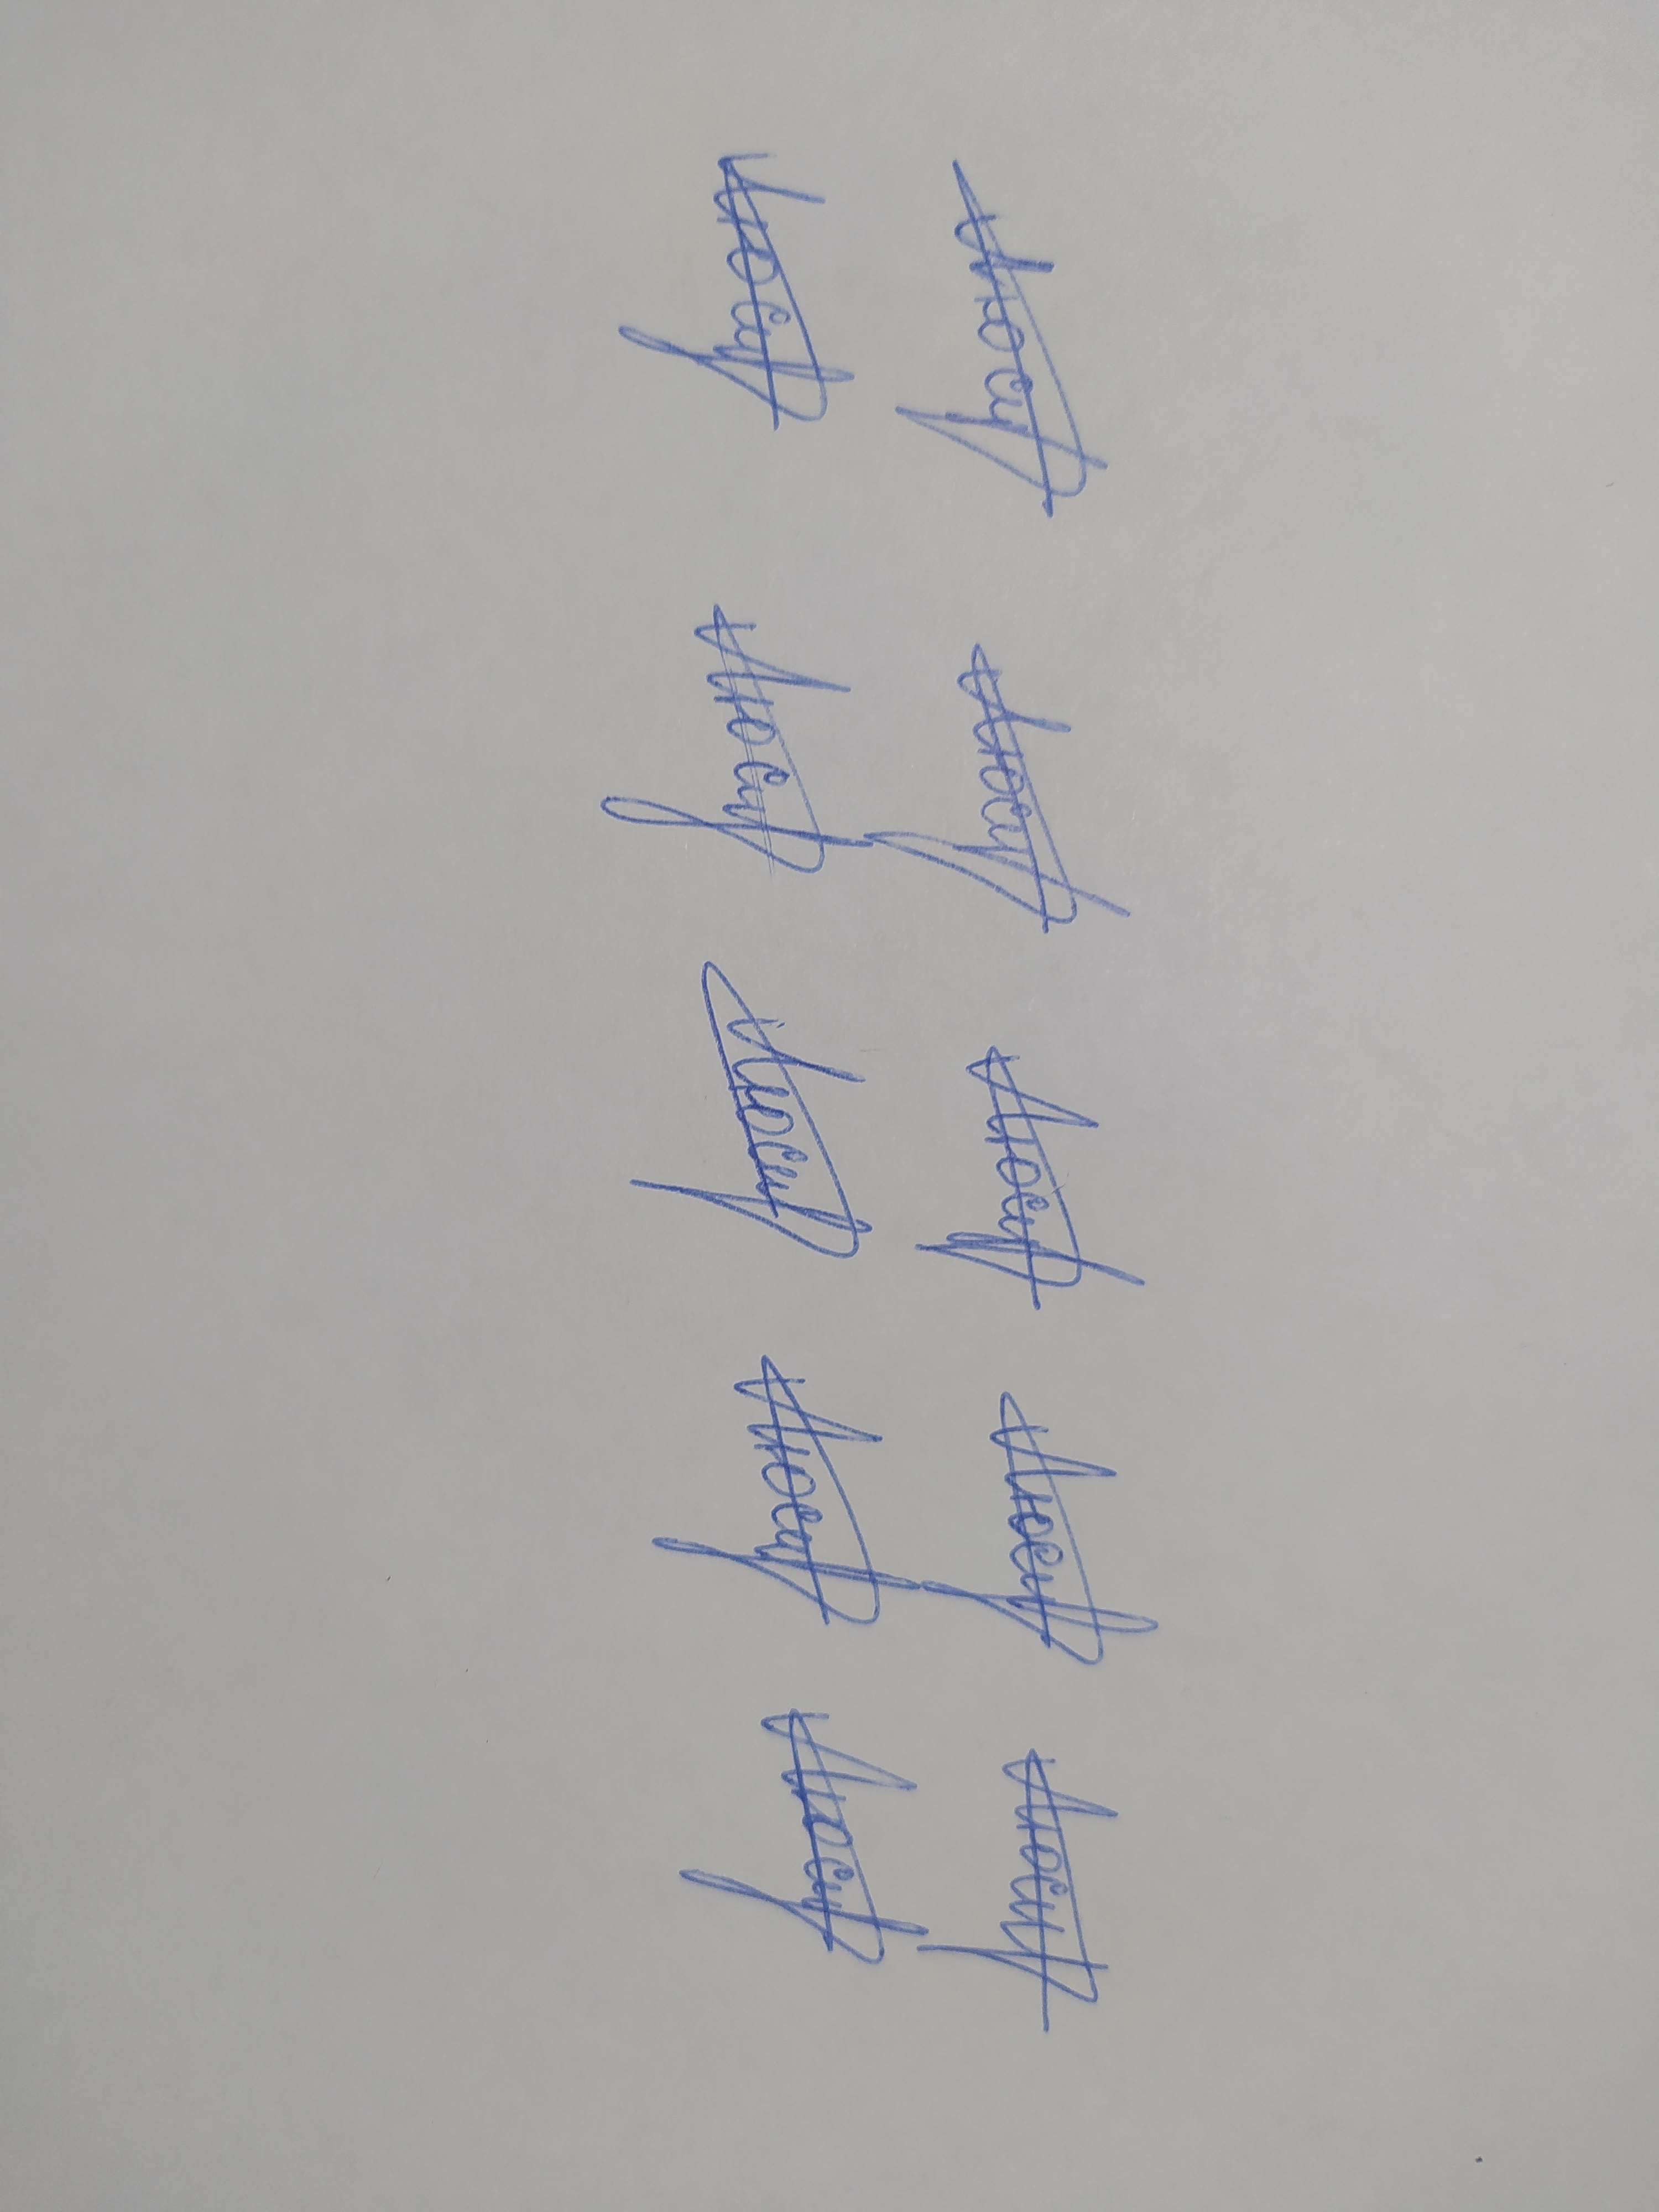
Signature authenticity: genuine